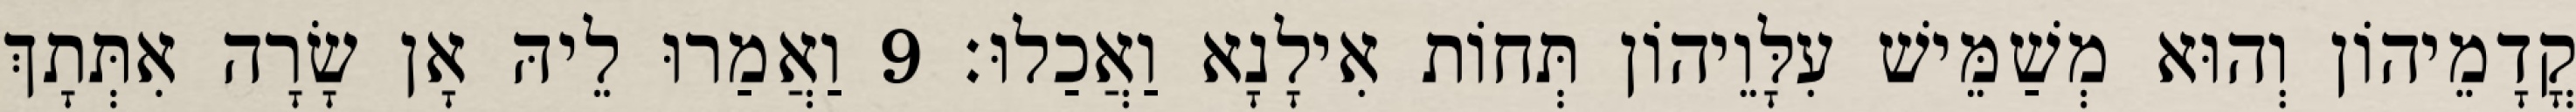
קֳדָמֵיהוֹן וְהוּא מְשַׁמֵּישׁ עִלָּוֵיהוֹן תְּחוֹת אִילָנָא וַאֲכַלוּ׃ 9 וַאֲמַרוּ לֵיהּ אָן שָׂרָה אִתְּתָךְ